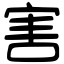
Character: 害